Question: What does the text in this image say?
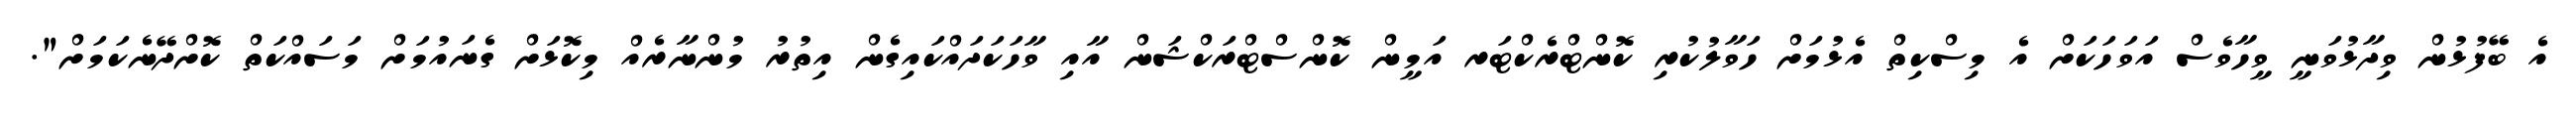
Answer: އެ ބޭފުޅުން ވިދާޅުވަނީ ވީހާވެސް އަވަހަކަށް އެ މިސްކިތް އެޅުމަށް ހަވާލުކުރި ކޮންޓްރެކްޓަރ އަމީން ކޮންސްޓްރަކްޝަން އާއި ވާހަކަދައްކައިގެން އިތުރު މުންނާރެއް މިކޮޅަށް ގެނައުމަށް މަސައްކަތް ކޮށްދޭނެކަމަށް".